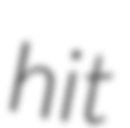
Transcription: hit